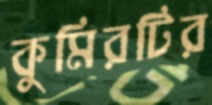
কুমিরটির